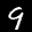
Label: 9